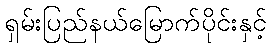
ရှမ်းပြည်နယ်မြောက်ပိုင်းနှင့်